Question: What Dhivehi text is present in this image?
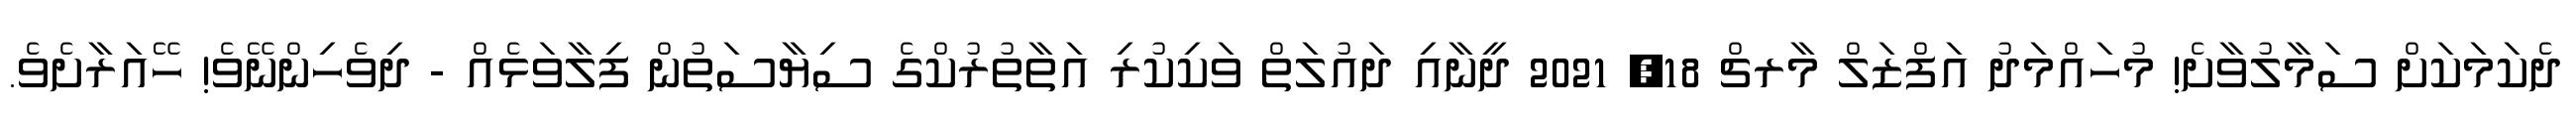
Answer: ދެކަމަކަށް ސަމާލުވާށެ! މުހައްމަދު އަފްޒަލް މާރޗް 18, 2021 ދީނާއި ދައުލަތް ވަކިކުރި އަތާތުރުކްގެ ސިޔާސަތުން ފިލާވަޅެއް - ދިވެހިންނޭވެ! ހޭއަރާށެވެ.